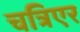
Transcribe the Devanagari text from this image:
चत्रिएर